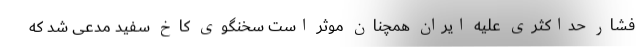
فشار حداکثری علیه ایران همچنان موثر است سخنگوی کاخ سفید مدعی شد که